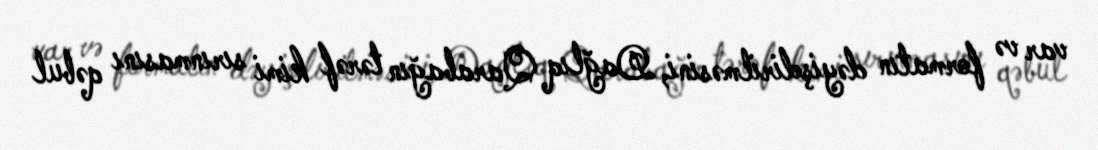
var və formatın dəyişdirilməsini, Dağlıq Qarabağın tərəf kimi sırınmasını qəbul